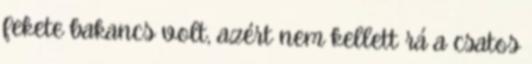
fekete bakancs volt, azért nem kellett rá a csatos